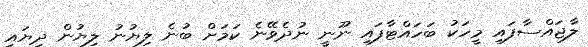
ލާޖައްސާފައި މީހަކު ބަހައްޓާފައި ނޫނީ ނުދެވޭނެ ކަމަށް ބުނެ ލިޔުނު ލިޔުން ދިޔައީ